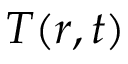
T ( r , t )